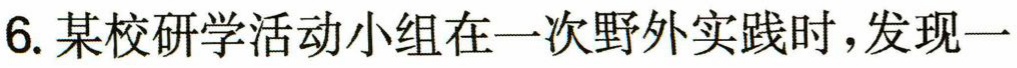
6. 某校研学活动小组在一次野外实践时，发现一